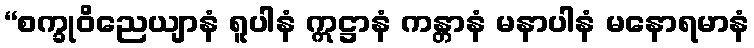
“စက္ခုဝိညေယျာနံ ရူပါနံ ဣဋ္ဌာနံ ကန္တာနံ မနာပါနံ မနောရမာနံ